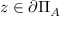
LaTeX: z \in \partial \Pi _ { A }